NAE_ERA_R-2632_ENSV_TA_Emakeele_Selts_1945-1955, lk 184
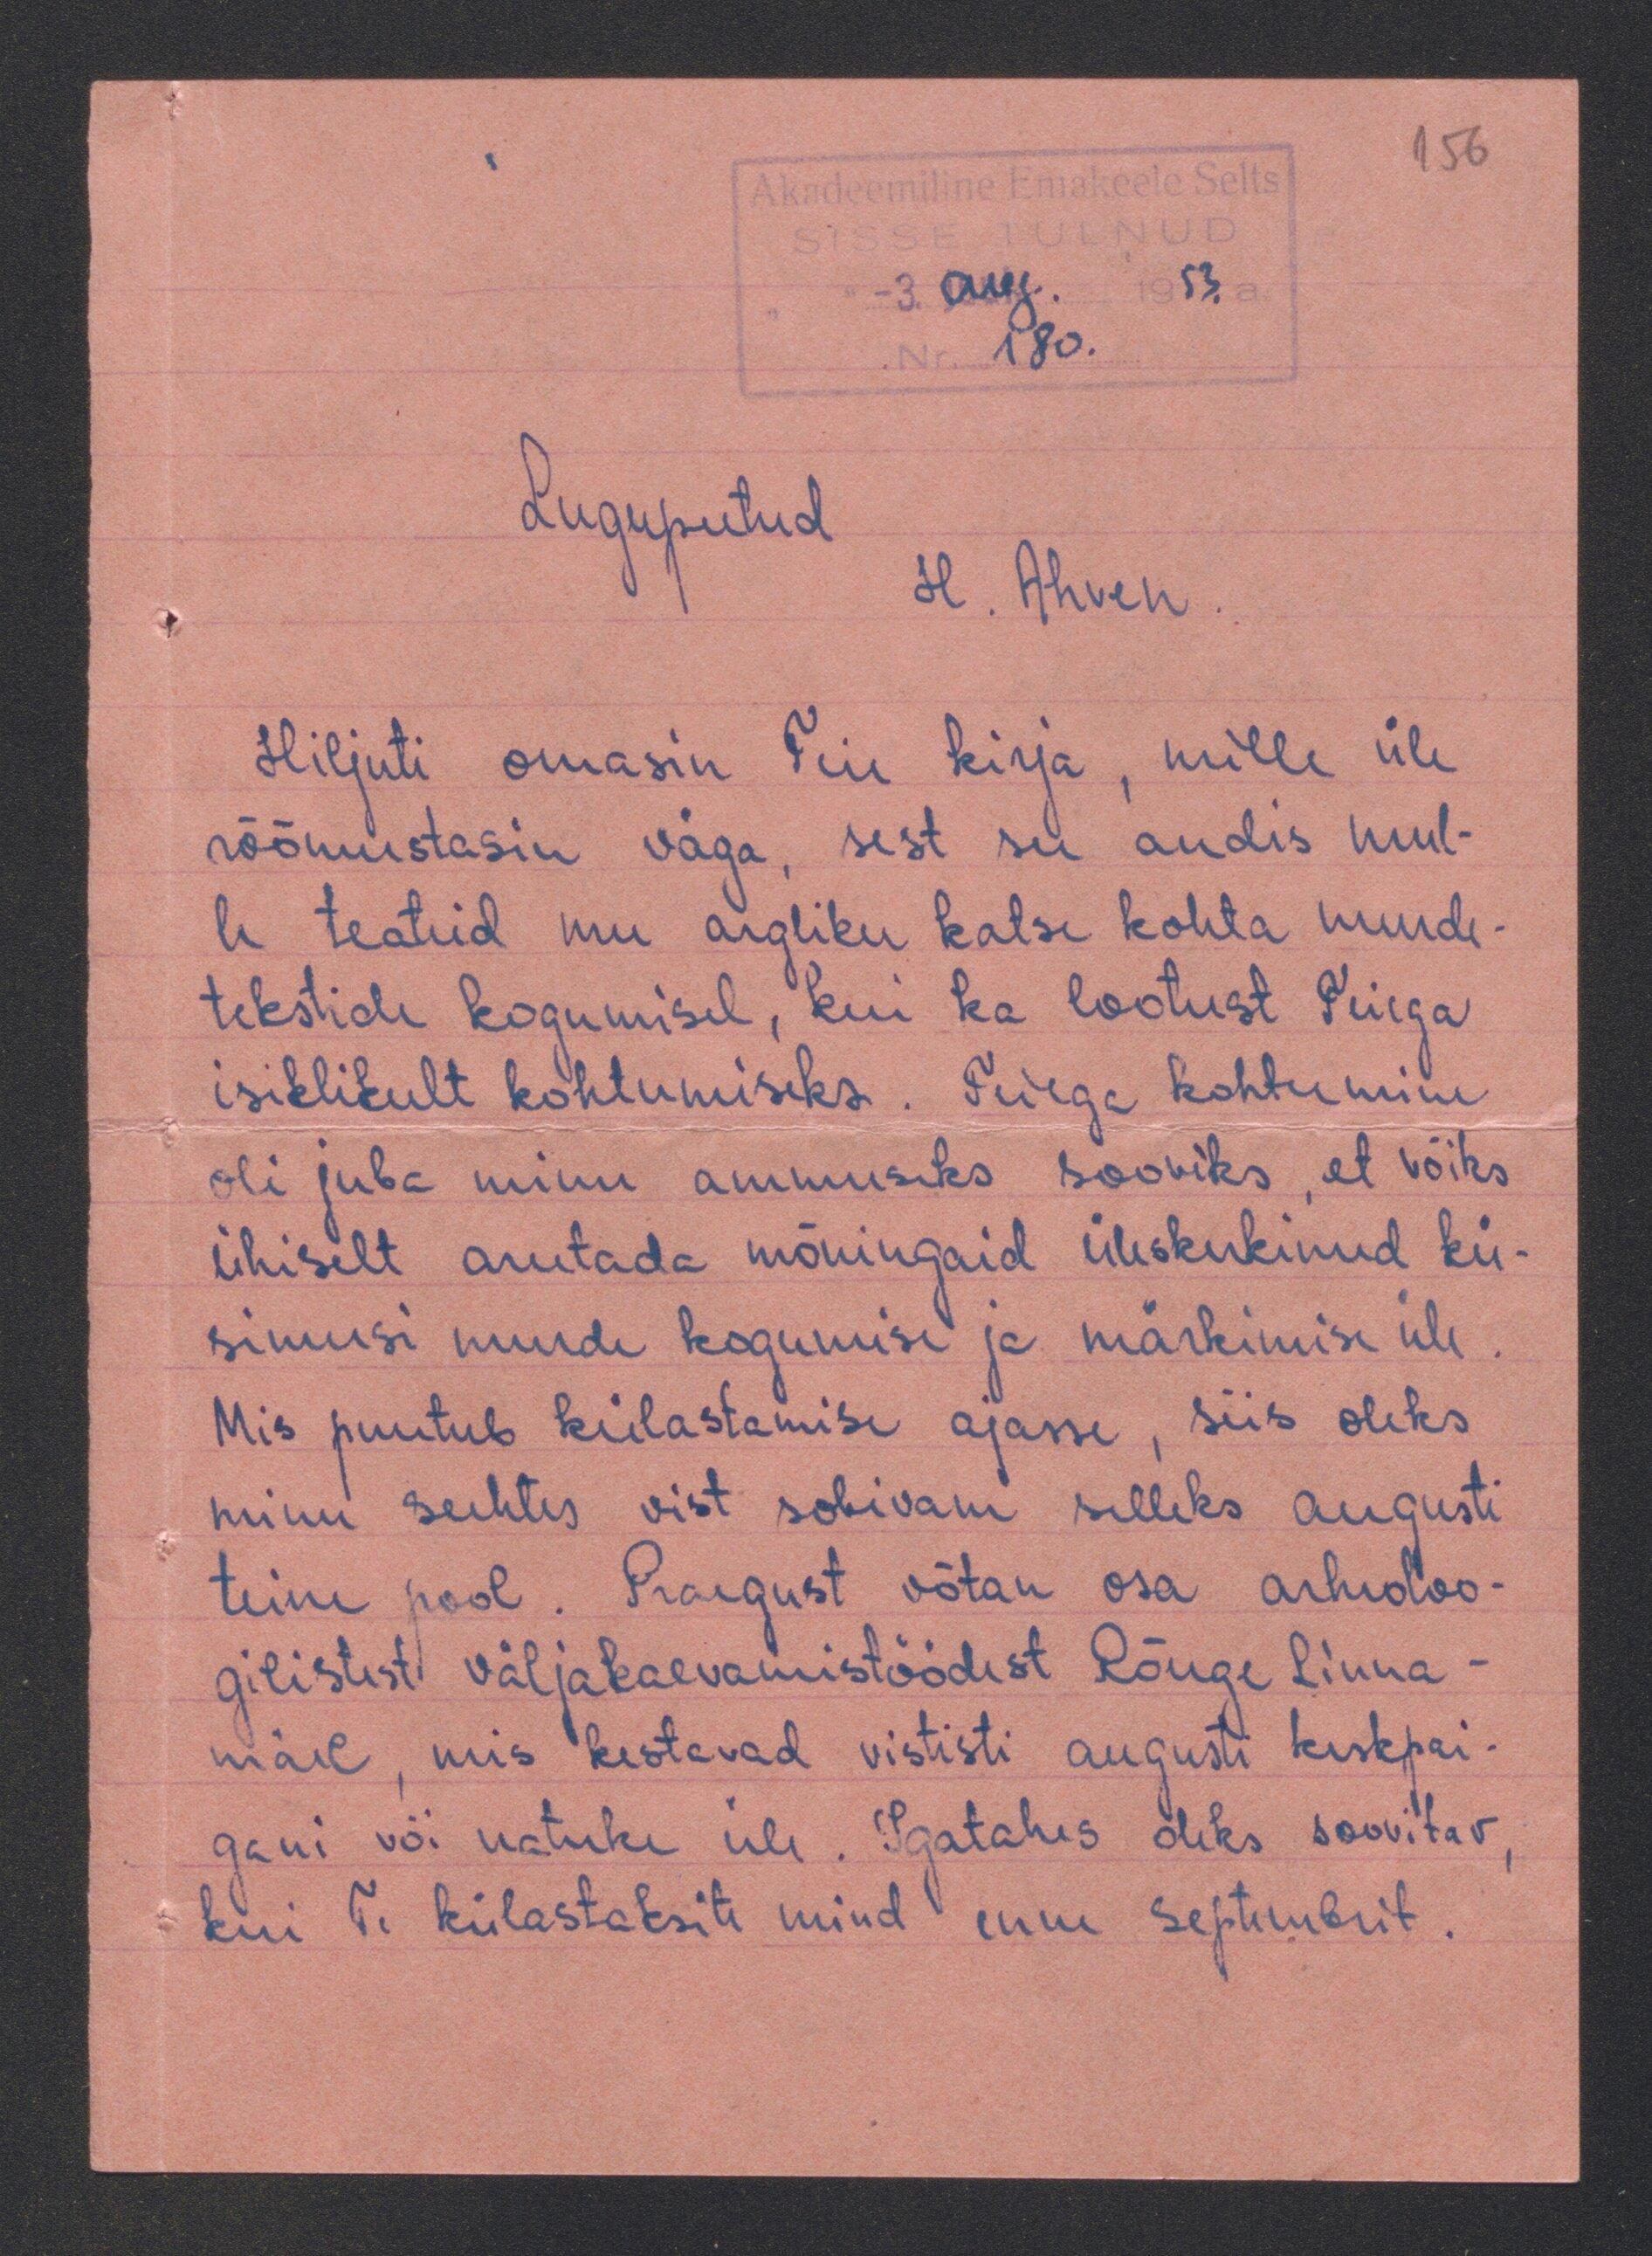
Lugupeetud
H. Ahven
Hiljuti omasin Teie Kirja, mille üle
rõõmustasin väga, sest see andis hul-
le teateid mu argliku katse kohta muude
tekstide kogumisel, kui ka lootust Teiega
isiklikult kohtumiseks. Teiega kohtumine
oli juba minu ammuseks sooviks, et võiks
ühiselt arutada mõningaid üleskerkinud kü-
simusi muude kogumise ja märkimise üle
Mis puutub külastamise ajasse, siis oleks
minu suhtes vist sobivam selleks augusti
teine pool. Praegust võtan osa arheoloo-
gilistest väljakaevamistöödest Rõuge linna
mäel, mis kestavad vististi augusti keskpai-
gani või natuke üle. Igatahes oleks soovitav
Kui Te külastaksite mind enne Septembrit